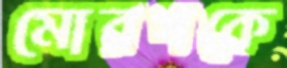
মোরগকে